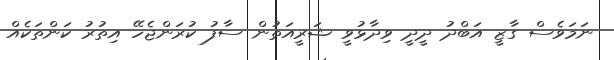
ނަމަވެސް ގާޒީ އަބްދު ދީދީ ވިދާޅުވީ ޝަރީއަތުން ސާފު ކުރަންޖެހޭ އިތުރު ކަންތަކެއް